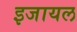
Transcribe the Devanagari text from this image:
इजायल